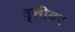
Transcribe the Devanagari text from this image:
वृत्तीवर